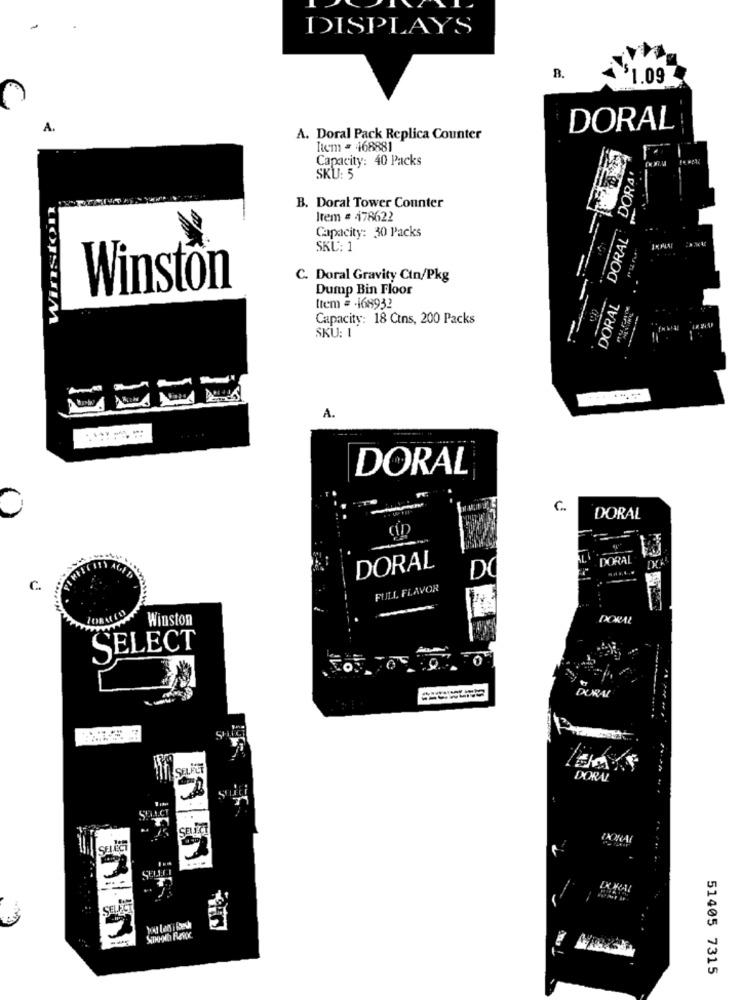
DISPLAYS
B.
1.09
A.
DORAL
A. Doral Pack Replica Counter
Item = 468881
Capacity: 40 Packs
DORAL DORA
SKU: 5
Winston
B. Doral Tower Counter
Irem = 478622
Capacity: 30 Packs
SKU: 1
C. Doral Gravity Ctn/Pkg
Winston
Dump Bin Floor
DORAL
Item = 468932
Capacity: 18 Cins, 200 Packs
SKU: 1
A.
DORAL
C.
DORAL
DORAL
DORAL
DO
c.
FULL FLAVOR
Winston
DORAL
SELECT
OURAL
DORAL
SELECT
SEL
51405 7315